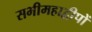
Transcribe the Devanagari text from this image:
सभीमहाद्वीपों